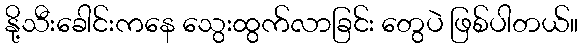
နို့သီးခေါင်းကနေ သွေးထွက်လာခြင်း တွေပဲ ဖြစ်ပါတယ်။